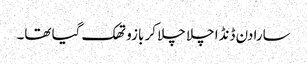
سارا دن ڈنڈا چلا چلا کر بازو تھک گیا تھا۔